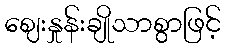
ဈေးနှုန်းချိုသာစွာဖြင့်